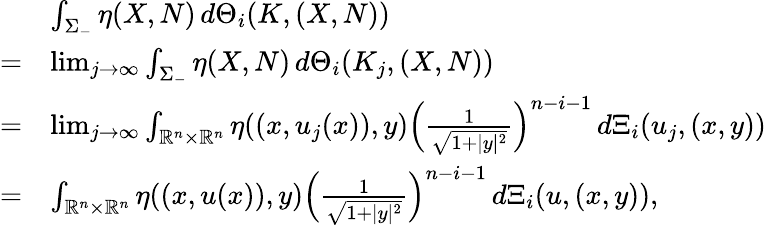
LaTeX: \begin{array}{rl}&{\int_{\Sigma_{-}}\eta(X,N)\, d\Theta_{i}(K,(X,N))}\\ {=}&{\operatorname*{lim}_{j\rightarrow\infty}\int_{\Sigma_{-}}\eta(X,N)\, d\Theta_{i}(K_{j},(X,N))}\\ {=}&{\operatorname*{lim}_{j\rightarrow\infty}\int_{\mathbb{R}^{n}\times\mathbb{R}^{n}}\eta((x,u_{j}(x)),y)\left(\frac{1}{\sqrt{1+|y|^{2}}}\right)^{n-i-1}\, d\Xi_{i}(u_{j},(x,y))}\\ {=}&{\int_{\mathbb{R}^{n}\times\mathbb{R}^{n}}\eta((x,u(x)),y)\left(\frac{1}{\sqrt{1+|y|^{2}}}\right)^{n-i-1}\, d\Xi_{i}(u,(x,y)),}\end{array}